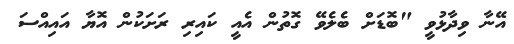
އޭނާ ވިދާޅުވީ "ބޮޑަށް ބެލެވޭ ގޮތުން އެއީ ކައިރި ރަށަކުން އޮޔާ އައިއްސަ